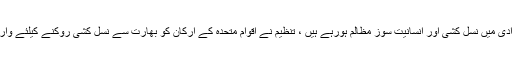
جینو سائیڈ واچ نے کہا کہ مقبوضہ وادی میں نسل کشی اور انسانیت سوز مظالم ہورہے ہیں ، تنظیم نے اقوام متحدہ کے ارکان کو بھارت سے نسل کشی روکنے کیلئے وارننگ جاری کرنے کا بھی مطالبہ کیا۔